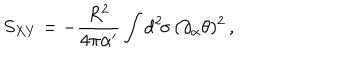
LaTeX: S _ { X Y } = - \frac { R ^ { 2 } } { 4 \pi \alpha ^ { \prime } } \int \mathrm { d } ^ { 2 } \! \sigma \, ( \partial _ { \alpha } \theta ) ^ { 2 } \, ,